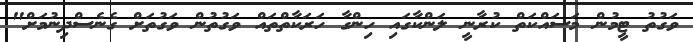
ވަގުތު ޓީމުން މަސައްކަތް ކުރާނީ ލަންކާގައި ހިންގާ ހަރަކާތްތައް ވަގުތުން ވަގުތަށް ގެނެސްދިނުމަށް"